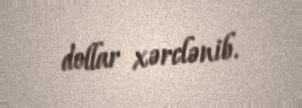
dollar xərclənib.